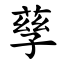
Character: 孶